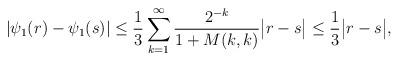
LaTeX: \begin{align*}|\psi_1(r)-\psi_1(s)| &\leq \frac{1}{3} \sum_{k=1}^{\infty} \frac{2^{-k}}{1+M(k,k)} \big|r-s\big| \leq \frac{1}{3} \big|r-s\big|,\end{align*}